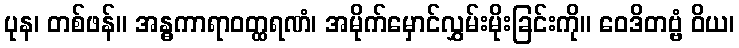
ပုန၊ တစ်ဖန်။ အန္ဓကာရာဝတ္ထရဏံ၊ အမိုက်မှောင်လွှမ်းမိုးခြင်းကို။ ဝေဒိတဗ္ဗံ ဝိယ၊